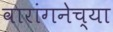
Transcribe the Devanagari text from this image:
वारांगनेच्या